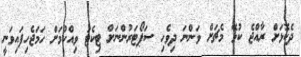
ދެކޮޅަށް ރާއްޖެ ކުޅޭ މެޗަށް ވަންނަ ދިވެހި ސަޕޯޓަރުންނަށް ޓިކެޓު ވިއްކުމަށް ހަމަޖެހިފައިވަނީ